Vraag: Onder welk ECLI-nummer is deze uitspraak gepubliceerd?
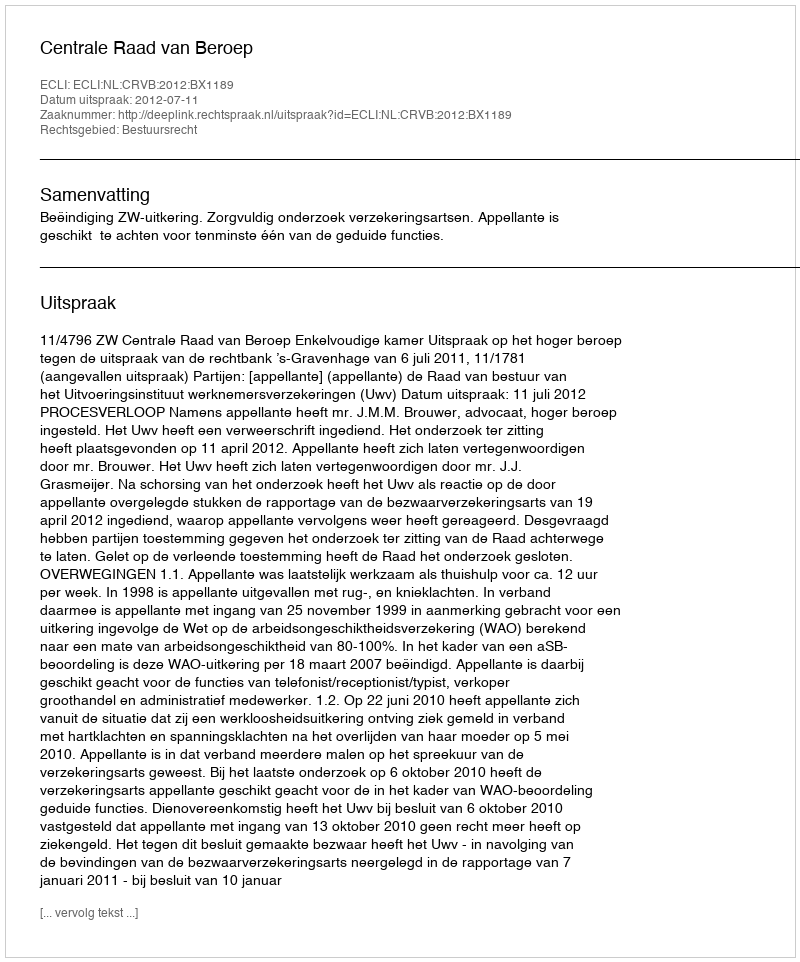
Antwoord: ECLI:NL:CRVB:2012:BX1189